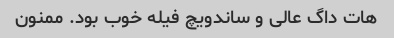
هات داگ عالی و ساندویچ فیله خوب بود. ممنون